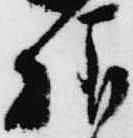
様